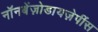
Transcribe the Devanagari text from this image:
नॉनबेंज़ोडायज़ेपींस